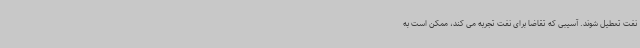
نفت تعطیل شوند. آسیبی که تقاضا برای نفت تجربه می کند، ممکن است به